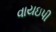
વાયઇપી